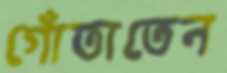
গোঁতাতেন